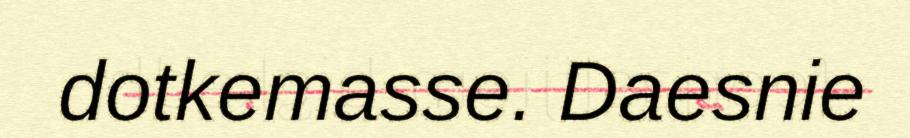
dotkemasse. Daesnie